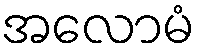
အလောမံ